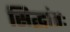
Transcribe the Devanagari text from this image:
सिद्धांतः